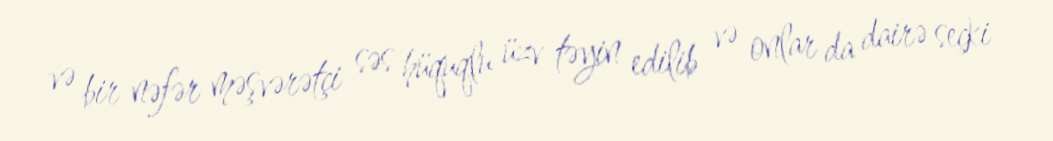
və bir nəfər məşvərətçi səs hüquqlu üzv təyin edilib və onlar da dairə seçki